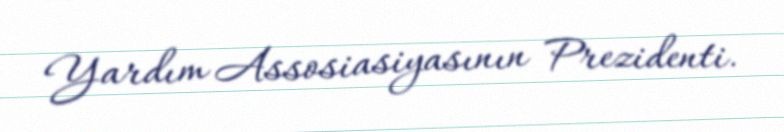
Yardım Assosiasiyasının Prezidenti.